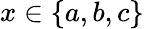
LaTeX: x\in\{ a,b,c\}